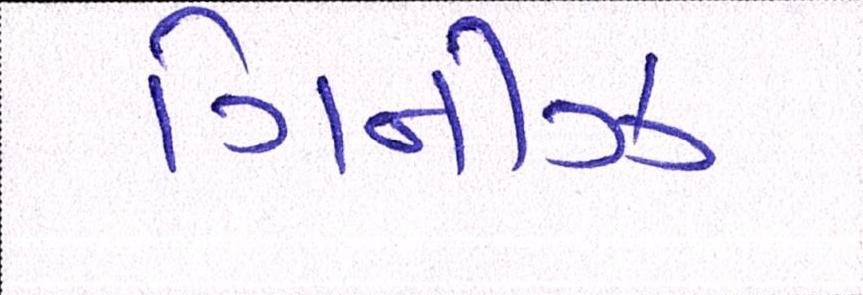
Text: ગિનીઝ